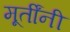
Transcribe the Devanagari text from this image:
मूर्तींनी